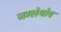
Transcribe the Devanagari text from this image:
जग्लेयोप